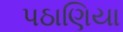
પઠાણિયા